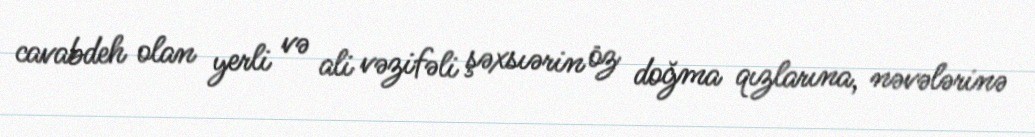
cavabdeh olan yerli və ali vəzifəli şəxsıərin öz doğma qızlarına, nəvələrinə